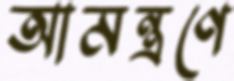
আমন্ত্রণে